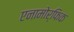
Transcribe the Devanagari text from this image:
एनामोर्फिक